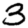
Digit: 3